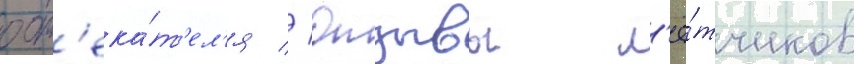
обт'ека́т'ел'я // Отзывы л'ё́тчиков